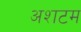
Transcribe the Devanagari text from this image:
अशटम